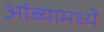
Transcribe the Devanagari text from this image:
आंब्यामध्ये